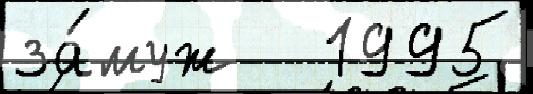
за́муж   1995